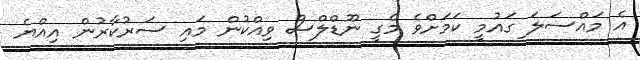
އެ މައްސަލަ ގައުމީ ކަމަށްވެ މެގީ ނޫޑްލްސް ވިއްކުން މައި ސަރުކާރުން އިއްޔެ